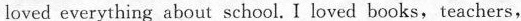
loved everything about school.I loved books,teachers,